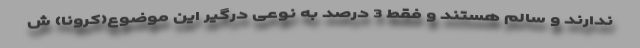
ندارند و سالم هستند و فقط 3 درصد به نوعی درگیر این موضوع(کرونا) ش